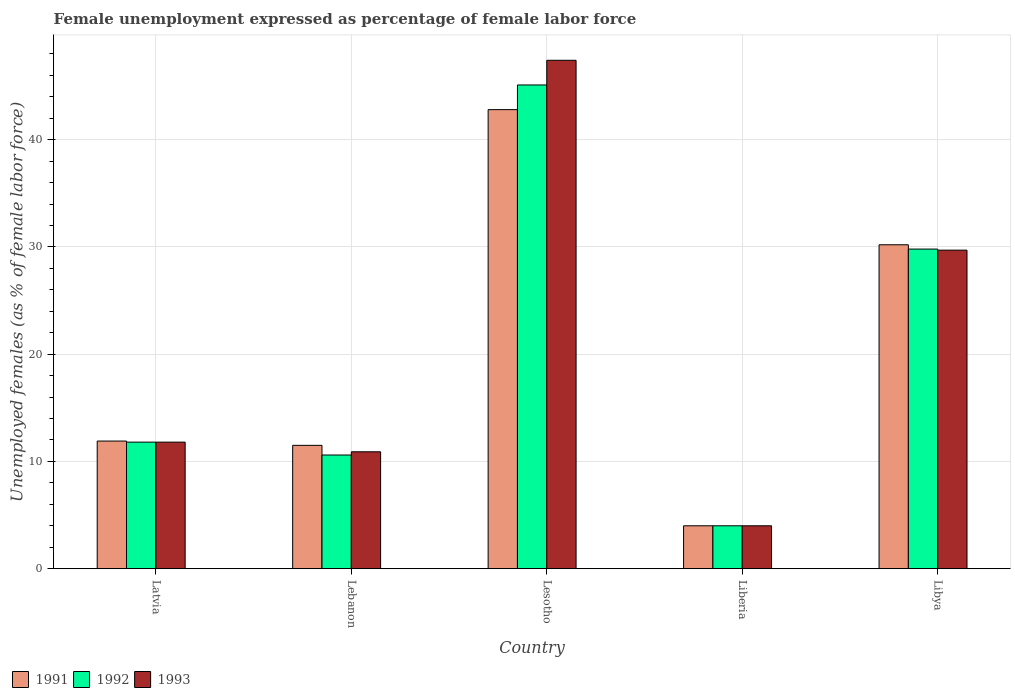
| Country | 1991 | 1992 | 1993 |
 | --- | --- | --- | --- |
 | Latvia | 11.9 | 11.8 | 11.8 |
 | Lebanon | 11.5 | 10.6 | 10.9 |
 | Lesotho | 42.8 | 45.1 | 47.4 |
 | Liberia | 4 | 4 | 4 |
 | Libya | 30.2 | 29.8 | 29.7 |